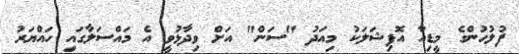
ފުލުހުންގެ މީޑިއާ އޮފިޝަލަކު މިއަދު "ސަން" އަށް ވިދާޅުވީ އެ މައްސަލާގައި ހައްޔަރު